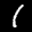
Label: 1